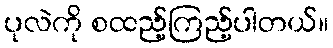
ပုလဲကို စထည့်ကြည့်ပါတယ်။